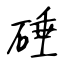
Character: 硾